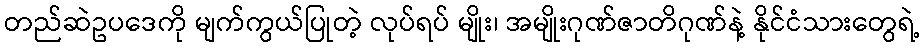
တည်ဆဲဥပဒေကို မျက်ကွယ်ပြုတဲ့ လုပ်ရပ် မျိုး၊ အမျိုးဂုဏ်ဇာတိဂုဏ်နဲ့ နိုင်ငံသားတွေရဲ့